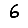
Digit: 6